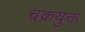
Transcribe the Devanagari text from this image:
चक्रयुक्त